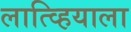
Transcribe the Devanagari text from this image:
लात्व्हियाला